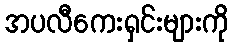
အပလီကေးရှင်းများကို